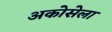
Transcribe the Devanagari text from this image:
अकोसेला